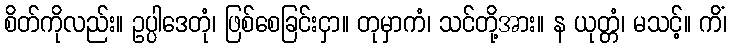
စိတ်ကိုလည်း။ ဥပ္ပါဒေတုံ၊ ဖြစ်စေခြင်းငှာ။ တုမှာကံ၊ သင်တို့အား။ န ယုတ္တံ၊ မသင့်။ ကိံ၊